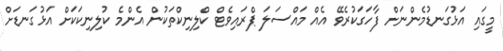
މީގައި އަޅުގަނޑުމެންނަށް ފާހަގަކުރެވޭ އެއް މައްސަލަ ޕްރައިވެޓް ކްލިނިކްތަކުން އެންމެ ކުލިނިކަކަށް އަޅުގަނޑަށް